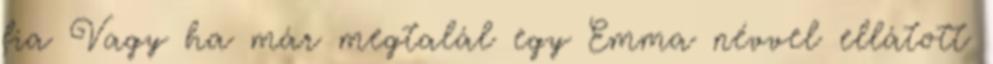
fia Vagy ha már megtalál egy Emma névvel ellátott